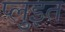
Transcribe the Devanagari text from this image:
प्लुइत